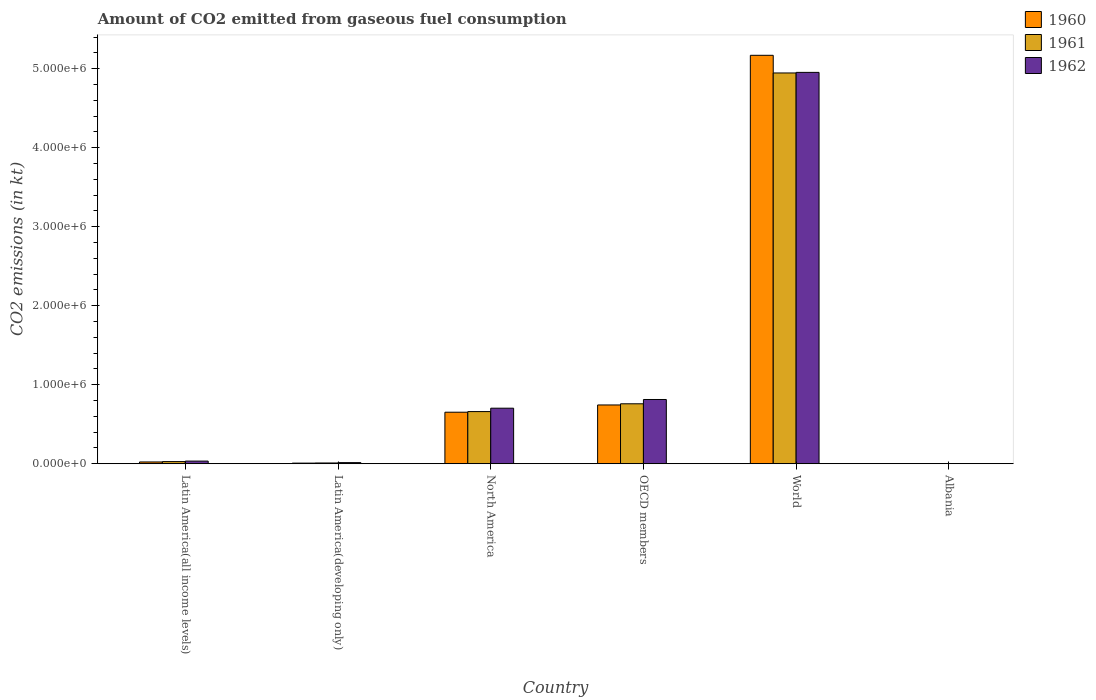
| Country | 1960 | 1961 | 1962 |
 | --- | --- | --- | --- |
 | Latin America(all income levels) | 2.26e+04 | 2.71e+04 | 3.35e+04 |
 | Latin America(developing only) | 7.84e+03 | 9.71e+03 | 1.42e+04 |
 | North America | 6.52e+05 | 6.6e+05 | 7.03e+05 |
 | OECD members | 7.44e+05 | 7.59e+05 | 8.13e+05 |
 | World | 5.17e+06 | 4.95e+06 | 4.95e+06 |
 | Albania | 84.3 | 84.3 | 84.3 |